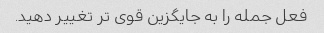
فعل جمله را به جایگزین قوی تر تغییر دهید.